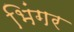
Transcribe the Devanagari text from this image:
भिंगर